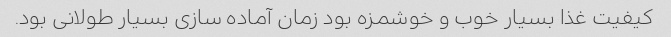
کیفیت غذا بسیار خوب و خوشمزه بود زمان آماده سازی بسیار طولانی بود.